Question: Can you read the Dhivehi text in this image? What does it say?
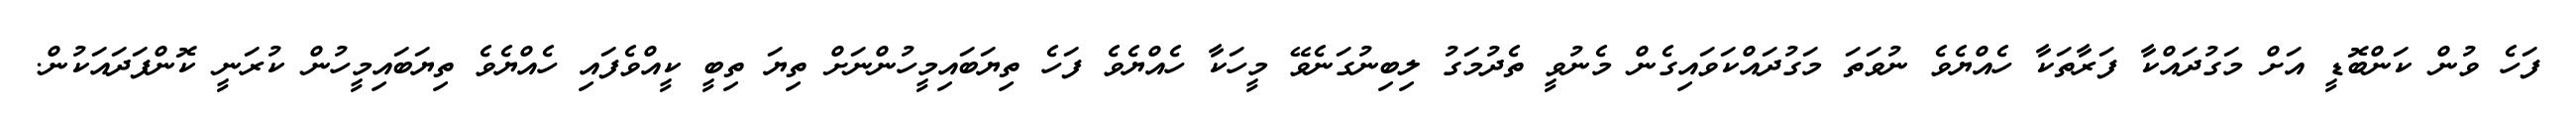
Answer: ފަހެ ވުން ކަންބޮޑީ އަށް މަގުދައްކާ ފަރާތަކާ ހެއްޔެވެ ނުވަތަ މަގުދައްކަވައިގެން މެނުވީ ތެދުމަގު ލިބިނުގަނެވޭ މީހަކާ ހެއްޔެވެ ފަހެ ތިޔަބައިމީހުންނަށް ތިޔަ ތިބީ ކީއްވެފައި ހެއްޔެވެ ތިޔަބައިމީހުން ކުރަނީ ކޮންފަދައަކުން.